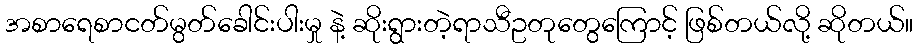
အစာရေစာငတ်မွတ်ခေါင်းပါးမှု နဲ့ ဆိုးရွားတဲ့ရာသီဥတုတွေကြောင့် ဖြစ်တယ်လို့ ဆိုတယ်။